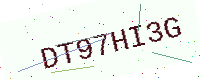
Text: DT97HI3G